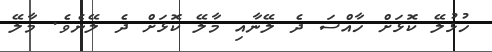
ހުޅުލޭ ކޮޅަށް ހާއްސަ ދެ ލޭނާއި މާލޭ ކޮޅަށް ދެ ލޭނެވެ. މާލޭ